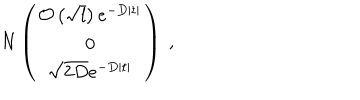
N \left( \begin{array} { c } { { { \cal { O } } \left( \sqrt { l } \right) e ^ { - D | t | } } } \\ { { 0 } } \\ { { \sqrt { 2 D } e ^ { - D | t | } } } \\ \end{array} \right) ~ ,